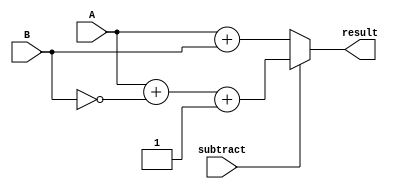
module CarryLookaheadSubtractor (
    input [7:0] A, B, // Input ports for the two numbers to be subtracted
    output reg [7:0] result, // Output port for the result
    input subtract // Control signal for the subtraction operation
);

reg [7:0] diff; // Difference between A and B
reg [7:0] borrow; // Borrow signal for subtraction
reg [7:0] carry; // Carry signal for subtraction

// Generate borrow signal using 2's complement subtraction
assign diff = subtract ? A + (~B) + 1 : A + B; 
assign borrow = subtract ? A > B : 0; 

// Carry lookahead logic for efficient subtraction
assign carry[0] = subtract; // MSB carry signal
genvar i;
generate
    for (i = 1; i < 8; i = i+1) begin
        assign carry[i] = ( diff[i-1] && (~borrow[i-1]) ) || (carry[i-1] && diff[i-1]);
    end
endgenerate

assign result = diff;

endmodule